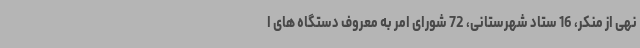
نهی از منکر، 16 ستاد شهرستانی، 72 شورای امر به معروف دستگاه های ا